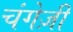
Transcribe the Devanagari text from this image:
चंगेज़ी